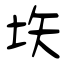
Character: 垁